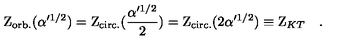
\mathrm { Z } _ { \mathrm { o r b . } } ( \alpha ^ { \prime 1 / 2 } ) = \mathrm { Z } _ { \mathrm { c i r c . } } ( { \frac { \alpha ^ { \prime 1 / 2 } } { 2 } } ) = \mathrm { Z } _ { \mathrm { c i r c . } } ( 2 \alpha ^ { \prime 1 / 2 } ) \equiv \mathrm { Z } _ { K T } \quad .